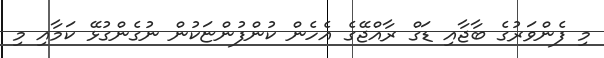
މި ފެންވަރުގެ ބާޖާއި ޑަގް ރާއްޖޭގެ އެހެން ކުންފުންޏަކުން ނުގެންގުޅޭ ކަމާއި މި